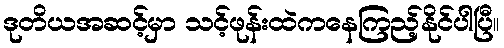
ဒုတိယအဆင့်မှာ သင့်ဖုန်းထဲကနေကြည့်နိုင်ပါပြီ။